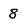
Character: 8